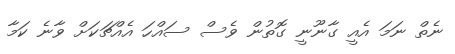
ނެތް ނަމަ އެއީ ގާނޫނީ ގޮތުން ވެސް ސައްހަ އެއްޗަކަށް ވާނެ ކަމާ